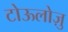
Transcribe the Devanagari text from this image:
टोऊलोज़ु